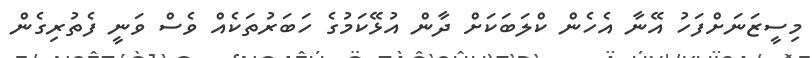
މިސީޒަނަށްފަހު އޭނާ އެހެން ކްލަބަކަށް ދާން އުޅޭކަމުގެ ހަބަރުތަކެއް ވެސް ވަނީ ފެތުރިގެން